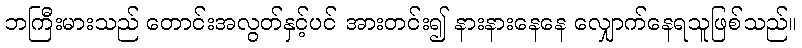
ဘကြီးမားသည် တောင်းအလွတ်နှင့်ပင် အားတင်း၍ နားနားနေနေ လျှောက်နေရသူဖြစ်သည်။